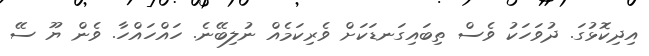
އިދިކޮޅުގަ. ދުވަހަކު ވެސް ތިބައިގަނޑަކަށް ވެރިކަމެއް ނުލިބޭނެ. ހައްހައްހާ. ވެން ޔޫ ސޭ